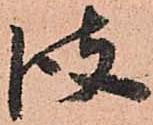
彼